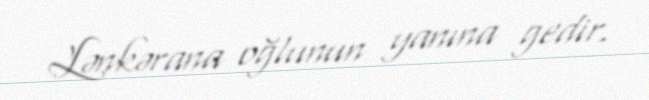
Lənkərana oğlunun yanına gedir.